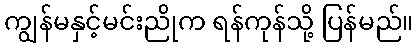
ကျွန်မနှင့်မင်းညိုက ရန်ကုန်သို့ ပြန်မည်။